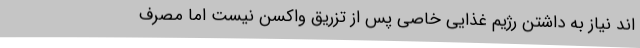
اند نیاز به داشتن رژیم غذایی خاصی پس از تزریق واکسن نیست اما مصرف